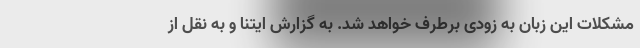
مشکلات این زبان به زودی برطرف خواهد شد. به گزارش ایتنا و به نقل از